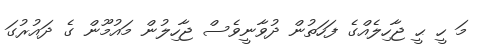
މަ ހީ ޙީ ޖާހިލެއްގެ ފަހަތުން ދުވާނީވެސް ޖާހިލުން މައުމޫން ގެ ދައުރުގަ